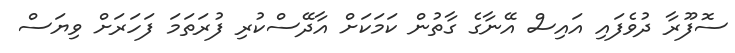
ސޮފޫރާ ދުވެފައި އައިސް އޭނާގެ ގާތުން ކަމަކަށް އާދޭސްކުރި ފުރަތަމަ ފަހަރަށް ވިޔަސް